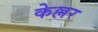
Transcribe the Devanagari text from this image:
केल्लर